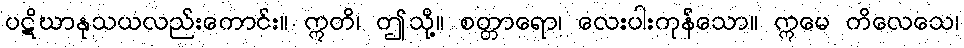
ပဋိဃာနုသယလည်းကောင်း။ ဣတိ၊ ဤသို့။ စတ္တာရော၊ လေးပါးကုန်သော။ ဣမေ ကိလေသေ၊